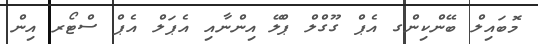
މޮބައިލް ބޭންކިންގ އެޕް ގޫގްލް ޕްލޭ އިންނާއި އެޕަލް އެޕް ސްޓޯރ އިން